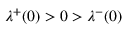
\lambda ^ { + } ( 0 ) > 0 > \lambda ^ { - } ( 0 )